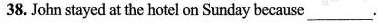
38. John stayed at the hotel on Sunday because___.